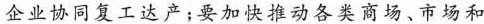
企业协同复工达产；要加快推动各类商场、市场和